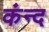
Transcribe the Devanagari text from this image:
कंन्द